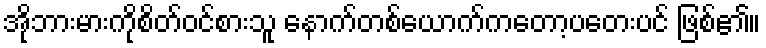
အိုဘားမားကိုစိတ်ဝင်စားသူ နောက်တစ်ယောက်ကတော့ပတေးပင် ဖြစ်၏။